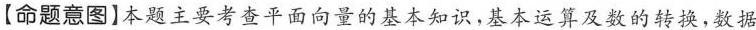
【命题意图】本题主要考查平面向量的基本知识，基本运算及数的转换，数据